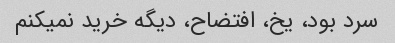
سرد بود، یخ، افتضاح، دیگه خرید نمیکنم